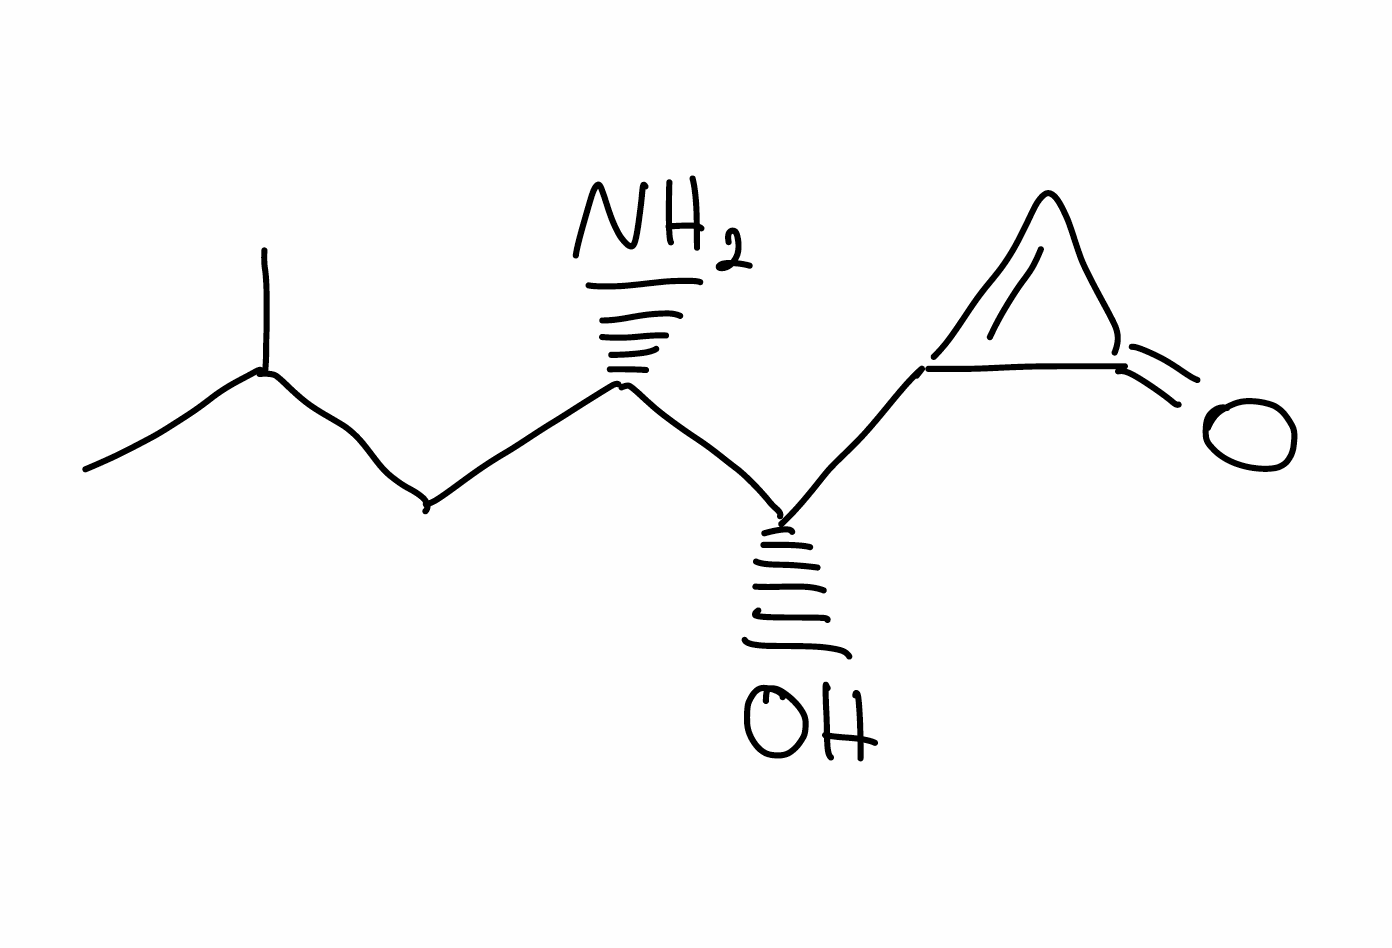
Simplified molecular-input line-entry system (SMILES) notation of the given molecule:
CC(C)C[C@@H]([C@H](C1=CC1=O)O)N